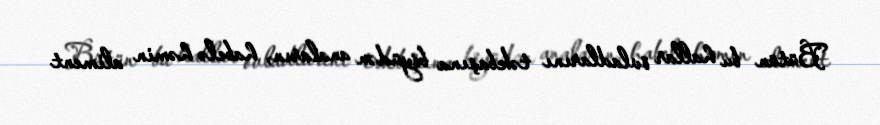
Bütün bu hallar övladlarını təkbaşına böyüdən anaların, habelə həmin aliment